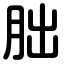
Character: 胐